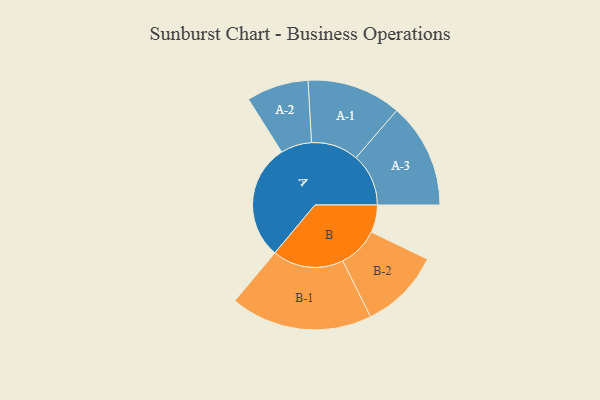
{"axis": {"x": "Segment", "y": "Value"}, "legend": ["", "A", "B"], "data": [{"x": "A", "y": 487, "type": ""}, {"x": "B", "y": 116, "type": ""}, {"x": "A-1", "y": 199, "type": "A"}, {"x": "A-2", "y": 131, "type": "A"}, {"x": "A-3", "y": 222, "type": "A"}, {"x": "B-1", "y": 300, "type": "B"}, {"x": "B-2", "y": 171, "type": "B"}]}